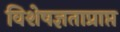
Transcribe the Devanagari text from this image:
विशेषज्ञताप्राप्त